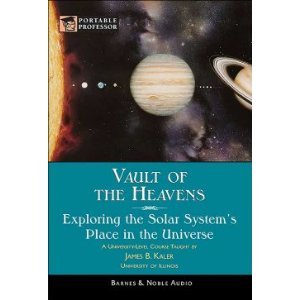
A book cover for Vault of the Heavens: Exploring the Solar System's Place in the Universe (Portable Professor Series); James B. Kaler; Science & Math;